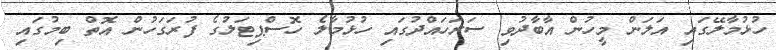
ހުޅުމާލޭގައި އަލަން މީހުން އާބާދުވި ސަރަހައްދުގައި ހުޅުމާލެ ހޮސްޕިޓަލުގެ ފުރަގަހުން އޮތް ބިމުގައި